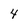
Character: 4